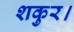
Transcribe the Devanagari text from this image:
शकुर।